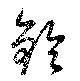
鈴